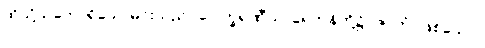
ထိုသို့သဘောရှိသောမင်းသည်။ ပေါက္ခရဏီသု၊ ရေကန်တို့၌။ ဇာတံ၊ ဖြစ်သော။